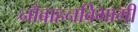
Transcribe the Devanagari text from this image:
नौवाहनविभागी